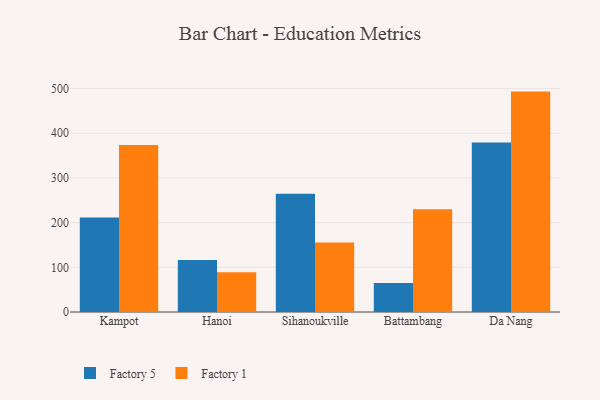
{"axis": {"x": "City", "y": "Churn Rate (%)"}, "legend": ["Factory 1", "Factory 5"], "data": [{"x": "Kampot", "y": 211.3, "type": "Factory 5"}, {"x": "Kampot", "y": 373.6, "type": "Factory 1"}, {"x": "Hanoi", "y": 116.2, "type": "Factory 5"}, {"x": "Hanoi", "y": 89.1, "type": "Factory 1"}, {"x": "Sihanoukville", "y": 264.5, "type": "Factory 5"}, {"x": "Sihanoukville", "y": 155.4, "type": "Factory 1"}, {"x": "Battambang", "y": 65.0, "type": "Factory 5"}, {"x": "Battambang", "y": 229.8, "type": "Factory 1"}, {"x": "Da Nang", "y": 379.1, "type": "Factory 5"}, {"x": "Da Nang", "y": 493.2, "type": "Factory 1"}]}